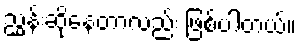
ညွှန်းဆိုနေတာလည်း ဖြစ်ပါတယ်။